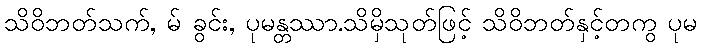
သိဝိဘတ်သက်, မ် ခွင်း, ပုမန္တဿာ.သိမှိသုတ်ဖြင့် သိဝိဘတ်နှင့်တကွ ပုမ